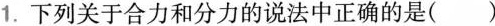
1.下列关于合力和分力的说法中正确的是( )